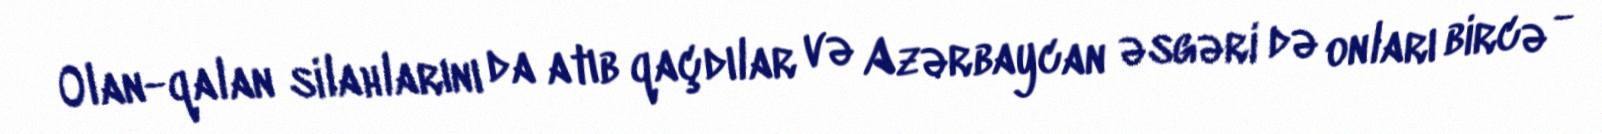
Olan-qalan silahlarını da atıb qaçdılar və Azərbaycan əsgəri də onları bircə -